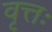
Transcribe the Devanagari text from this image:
वृत्तः